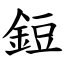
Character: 鋀